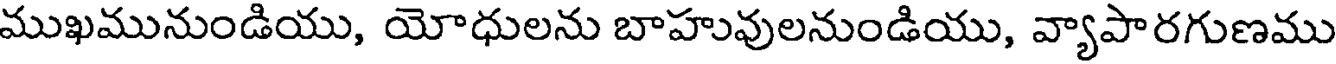
ముఖమునుండియు, యోధులను బాహువులనుండియు, వ్యాపారగుణము